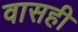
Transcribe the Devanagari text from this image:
वासही